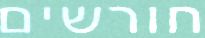
חורשים